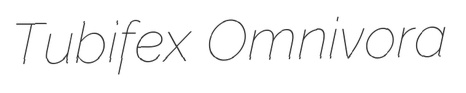
Tubifex Omnivora